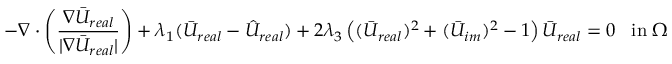
- \nabla \cdot \left( \frac { \nabla \bar { U } _ { r e a l } } { | \nabla \bar { U } _ { r e a l } | } \right) + \lambda _ { 1 } ( \bar { U } _ { r e a l } - \hat { U } _ { r e a l } ) + 2 \lambda _ { 3 } \left( ( \bar { U } _ { r e a l } ) ^ { 2 } + ( \bar { U } _ { i m } ) ^ { 2 } - 1 \right) \bar { U } _ { r e a l } = 0 \; \; \; \mathrm { i n } \; \Omega